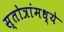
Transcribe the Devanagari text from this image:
स्तोत्रांमध्ये